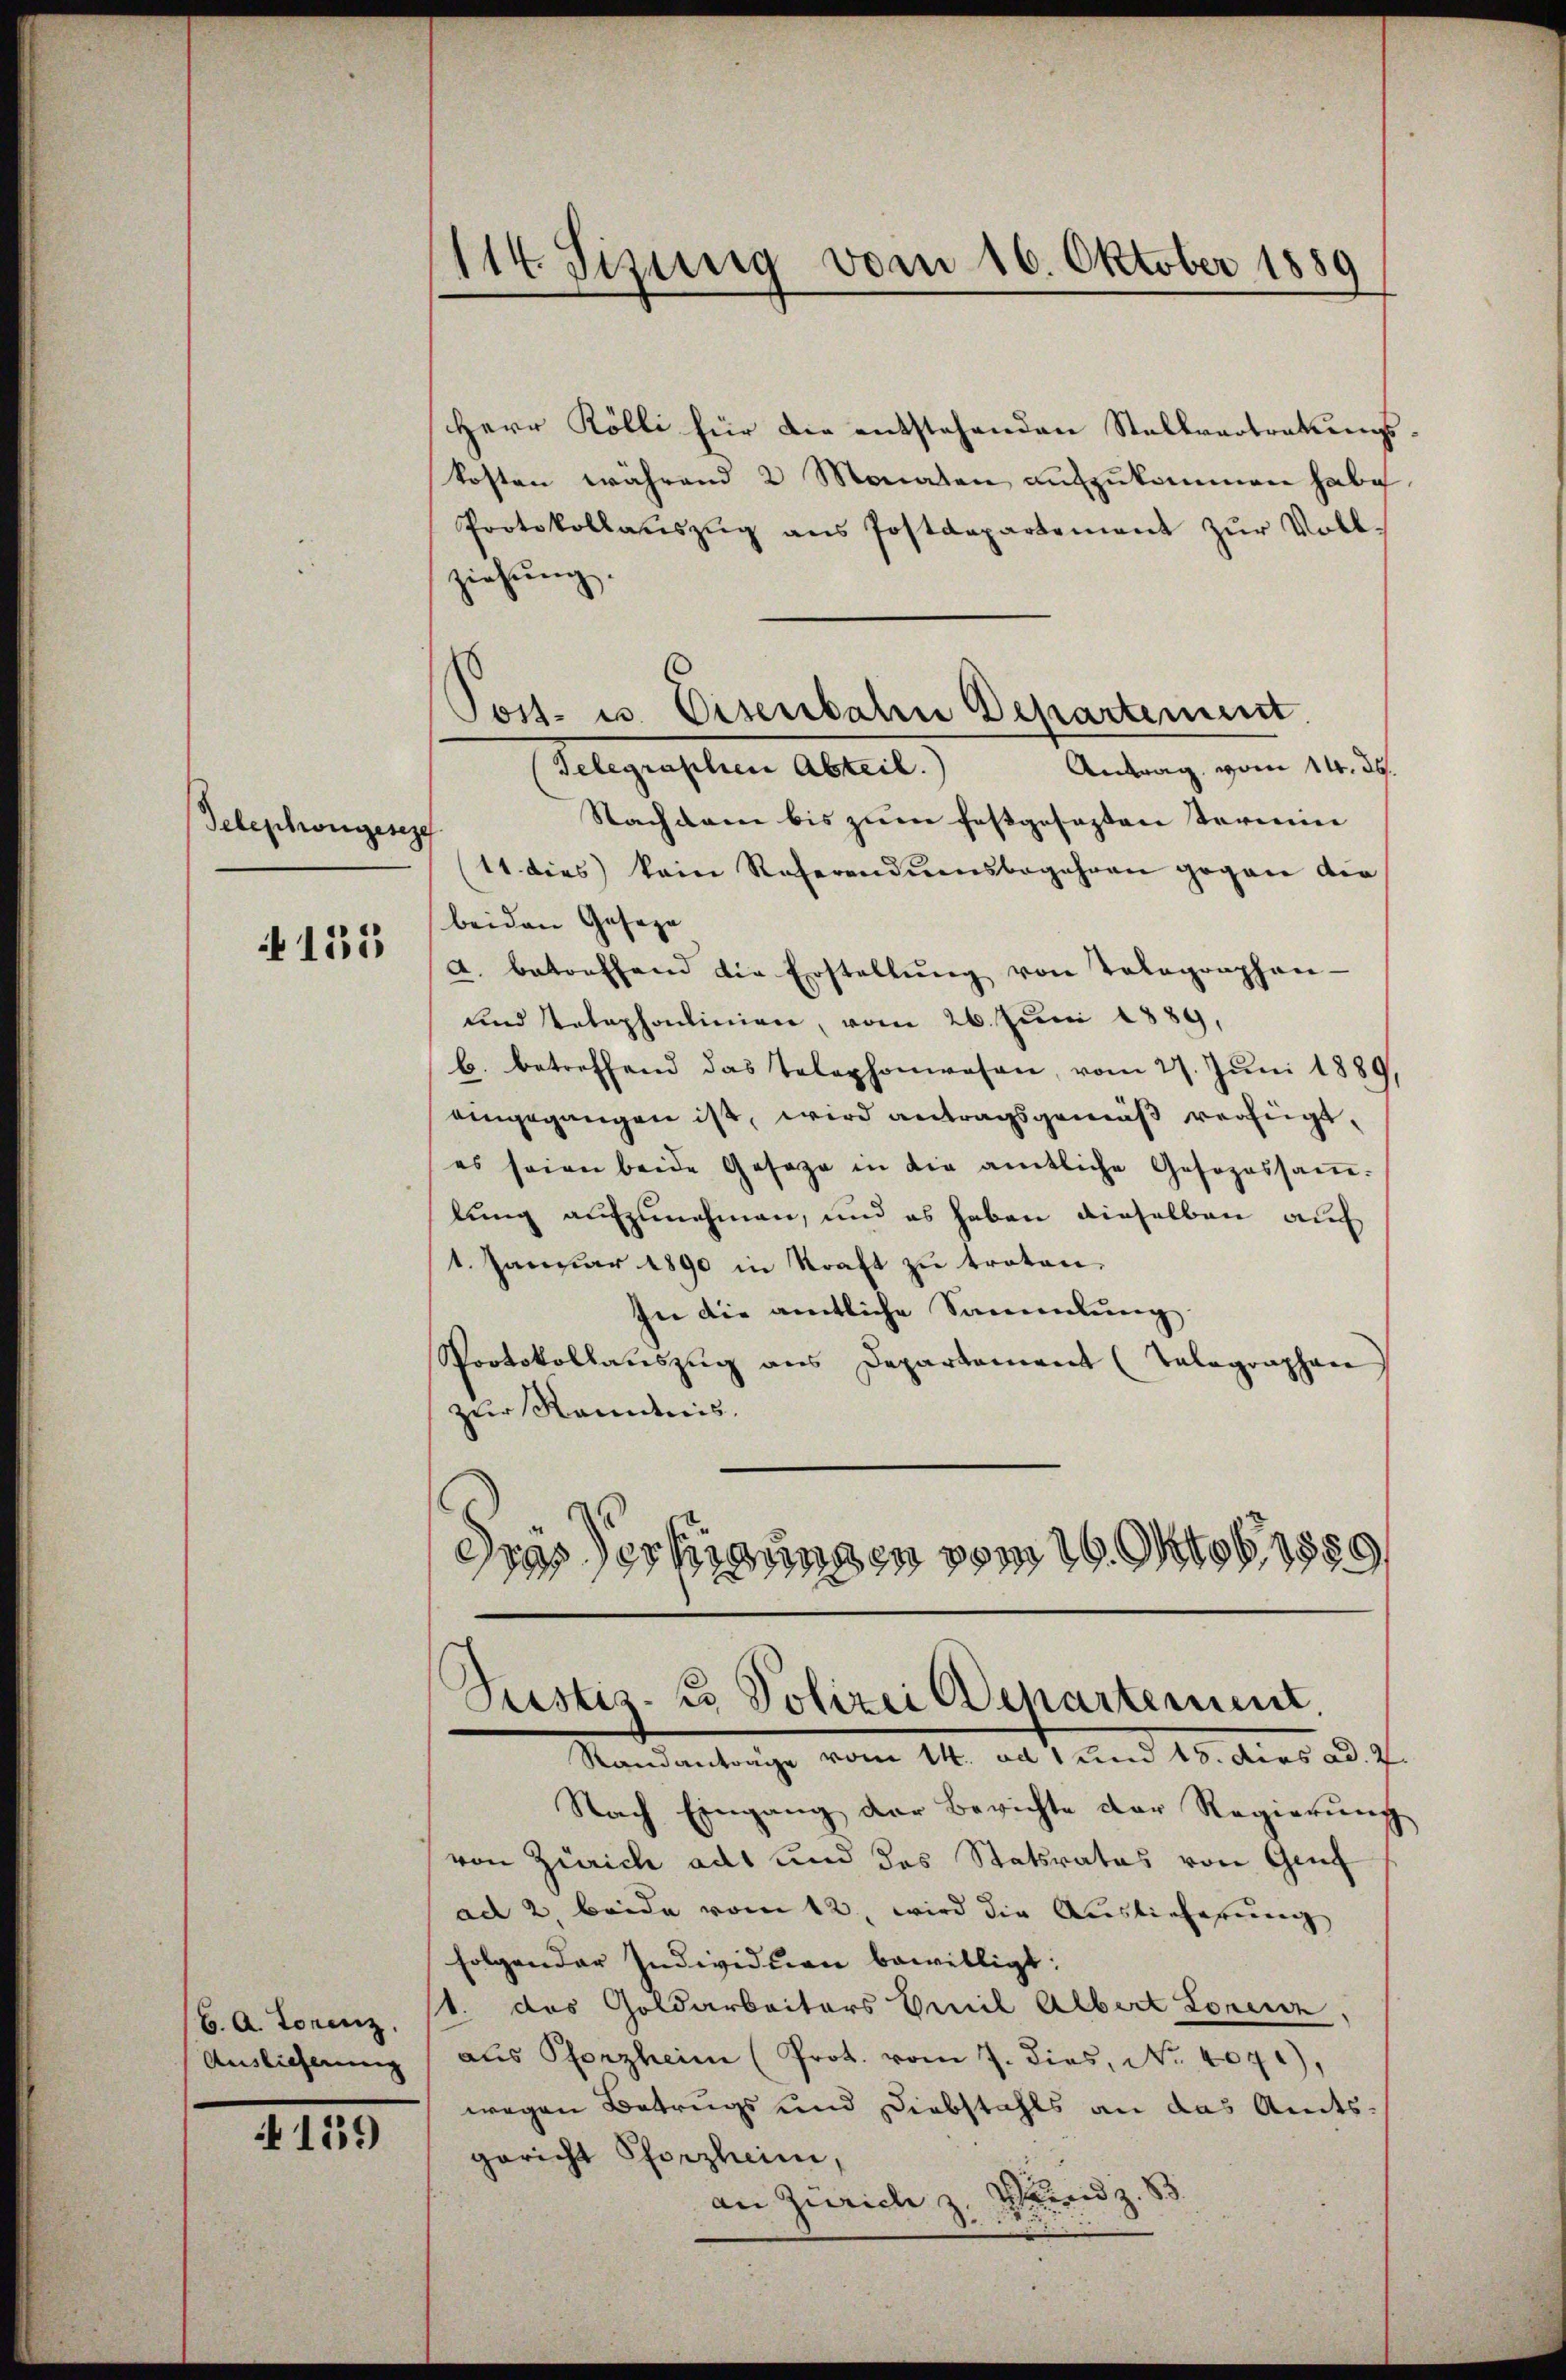
Telephongesez

N 131

6. A. Torenz,
Auslieferung

139

114. Sizinnig vom 16. Oktober 1889

Herr Kölli für die entstehenden Stellvertretungs-
kosten während 2 Monaten aŭfzŭkommen habe.
Protokollaŭszŭg ans Postdepartement zŭr Voll-
ziehŭng.
Nachdem bis zum festgesezten Termine |
11. dies kein Referendensbegehren gegen die
beiden Gesage
a. Batoefhand die Erstellŭng von Tolographen-
und Telephonlinien, vom 26. Juni 1889,
b. betreffend das Telephonwesen, vom 27. Jŭni 1889,
eingegangen ist, wird antragsgemäß verfügt,
es seien beide Gesage in die amtliche Gesopassaṁ-
lung aufzunehmen, und es haben dieselben auch
1. Januar 1890 in Kraft zu troten.
In die amtliche Sammlung
Protokollauszug aus Departement (Tolographen
zur Randnis.
Diesertigungen vom 19. Oktob. 1889,

Post- u. Eisenbahn Departement.
Telegraphen Abteil.
Antrag vom 14. ds.

Prestiz- u. Polizei Departement.
Randanträge vom 14. ad 1 und 15. dies ad. 2.

Nach Eingang der Berichte der Regierung
von Zürich adt und das Statsrates von Genf
ad 2., beide vom 12. wird die Auslieferung
folgender Individuen bewilligt:
st. das Goldarbeiters Emil Albert Lorenz,
aŭs Pforzheim (Prot. vom 7. dies, No. 407),
wegen Betrugs und Diebstahls an das Amts
gericht Pforzheim,
an Zürich z. Bund z. 83.